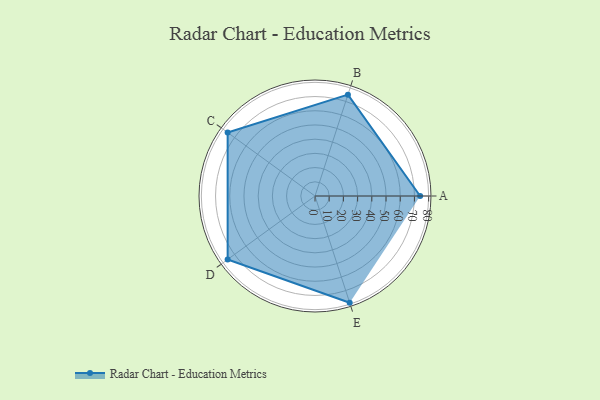
{"axis": {"x": "Skill", "y": "Score"}, "legend": ["Profile"], "data": [{"x": "A", "y": 74.0, "type": "Profile"}, {"x": "B", "y": 75.0, "type": "Profile"}, {"x": "C", "y": 76.0, "type": "Profile"}, {"x": "D", "y": 76.0, "type": "Profile"}, {"x": "E", "y": 79.0, "type": "Profile"}]}